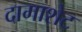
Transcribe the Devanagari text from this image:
दामाशेट